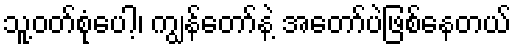
သူ့ဝတ်စုံပေါ့၊ ကျွန်တော်နဲ့ အတော်ပဲဖြစ်နေတယ်